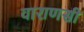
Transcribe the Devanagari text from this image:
वाराणसी